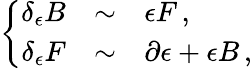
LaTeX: \left\{ \begin{array}{rcl}{{\delta_{\epsilon}B}}&{{\sim}}&{{\epsilon F\, ,}}\\ {{\delta_{\epsilon}F}}&{{\sim}}&{{\partial\epsilon+\epsilon B\, ,}}\end{array}\right.